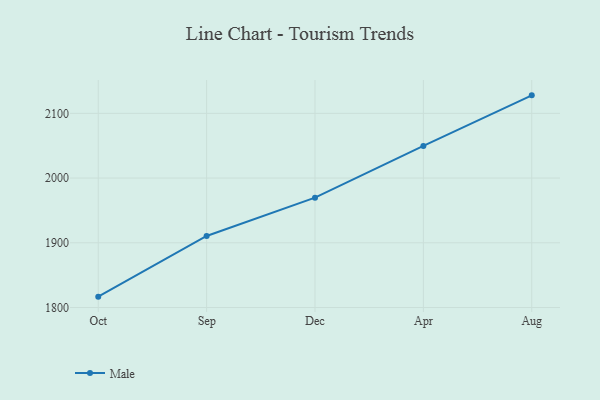
{"axis": {"x": "Month", "y": "Shipments"}, "legend": ["Male"], "data": [{"x": "Oct", "y": 1816.8, "type": "Male"}, {"x": "Sep", "y": 1910.6, "type": "Male"}, {"x": "Dec", "y": 1969.7, "type": "Male"}, {"x": "Apr", "y": 2049.6, "type": "Male"}, {"x": "Aug", "y": 2127.8, "type": "Male"}]}